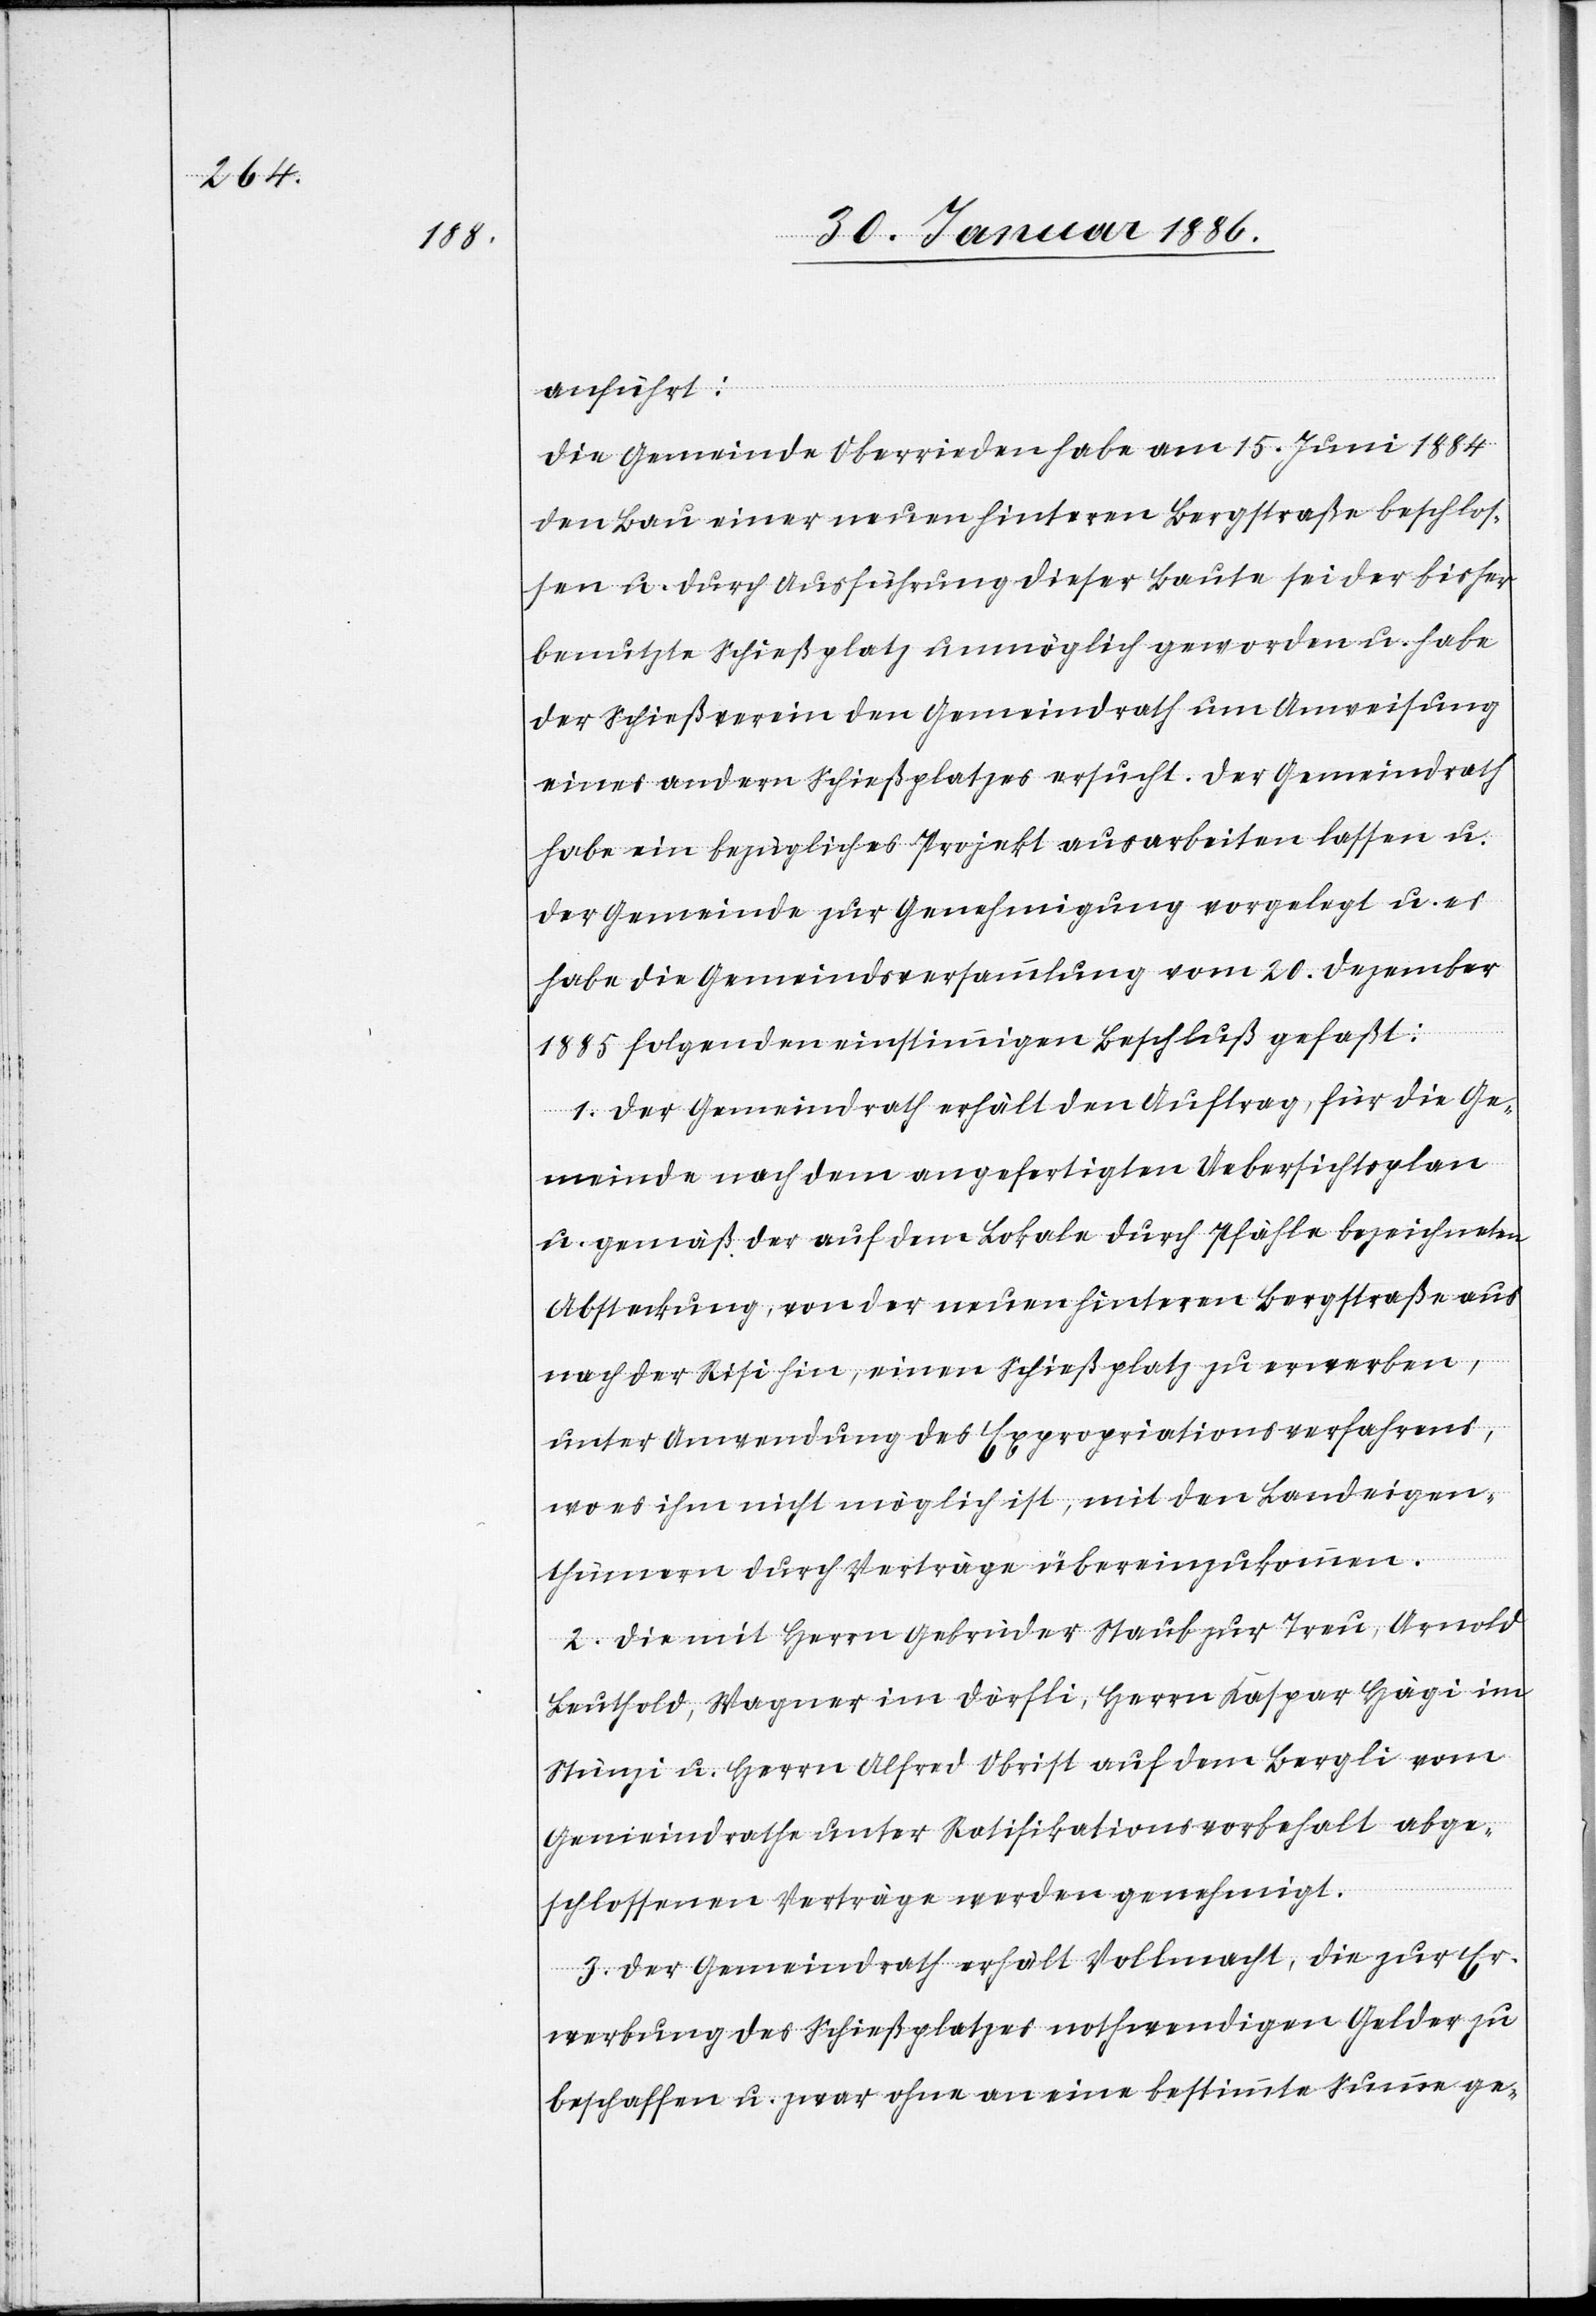
anführt:
Die Gemeinde Oberrieden habe am 15. Juni 1884
den Bau einer neuen hinteren Bergstraße beschlos¬
sen u. durch Ausführung dieser Baute sei der bisher
benutze Schießplatz unmöglich geworden u. habe
der Schießverein den Gemeindrath um Anweisung
eines andern Schießplatzes ersucht. Der Gemeindrath
habe ein bezügliches Projekt ausarbeiten lassen u.
der Gemeinde zur Genehmigung vorgelegt u. es
habe die Gemeindsversammlung vom 20. Dezember
1885 folgenden einstimmigen Beschluß gefaßt:
1. Der Gemeindrath erhält den Auftrag, für die Ge¬
meinde nach dem ausgefertigten Uebersichtsplan
u. gemäß der auf dem Lokale durch Pfähle bezeichneten
Absteckung, von der neuen hintern Bergstraße aus
nach der Risi hin, einen Schießplatz zu erwerben,
unter Anwendung des Expropriationsverfahrens,
wo es ihm nicht möglich ist, mit den Landeigen¬
thümern durch Verträge übereinzukommen.
2. Die mit Herrn Gebrüder Staub zur Treu, Arnold
Leuthold, Wagner im Dörfli, Herrn Kaspar Hägi im
Stünzi u. Herrn Alfred Obrist auf dem Bergli vom
Gemeindrathe unter Ratifikationsvorbehalt abge¬
schlossenen Verträge werden genehmigt.
3. Der Gemeindrath erhält Vollmacht, die zur Er¬
werbung des Schließplatzes nothwendigen Gelder zu
beschaffen u. zwar ohne an eine bestimmte Summe ge-